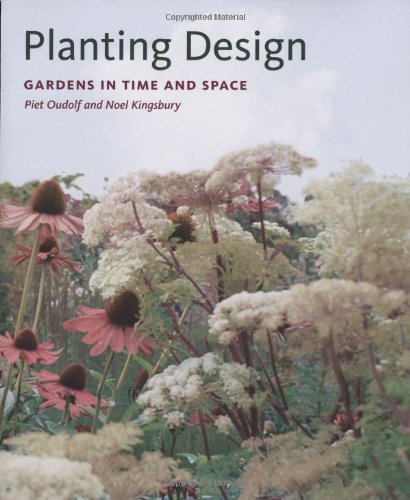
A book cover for Planting Design: Gardens in Time and Space; Piet Oudolf; Crafts, Hobbies & Home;